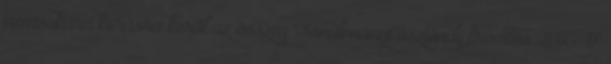
nemsokára kiírásra kerül az összeg Tanulmányi ösztöndíj frissítés 2016 17